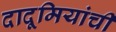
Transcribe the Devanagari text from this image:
दादूमियांची